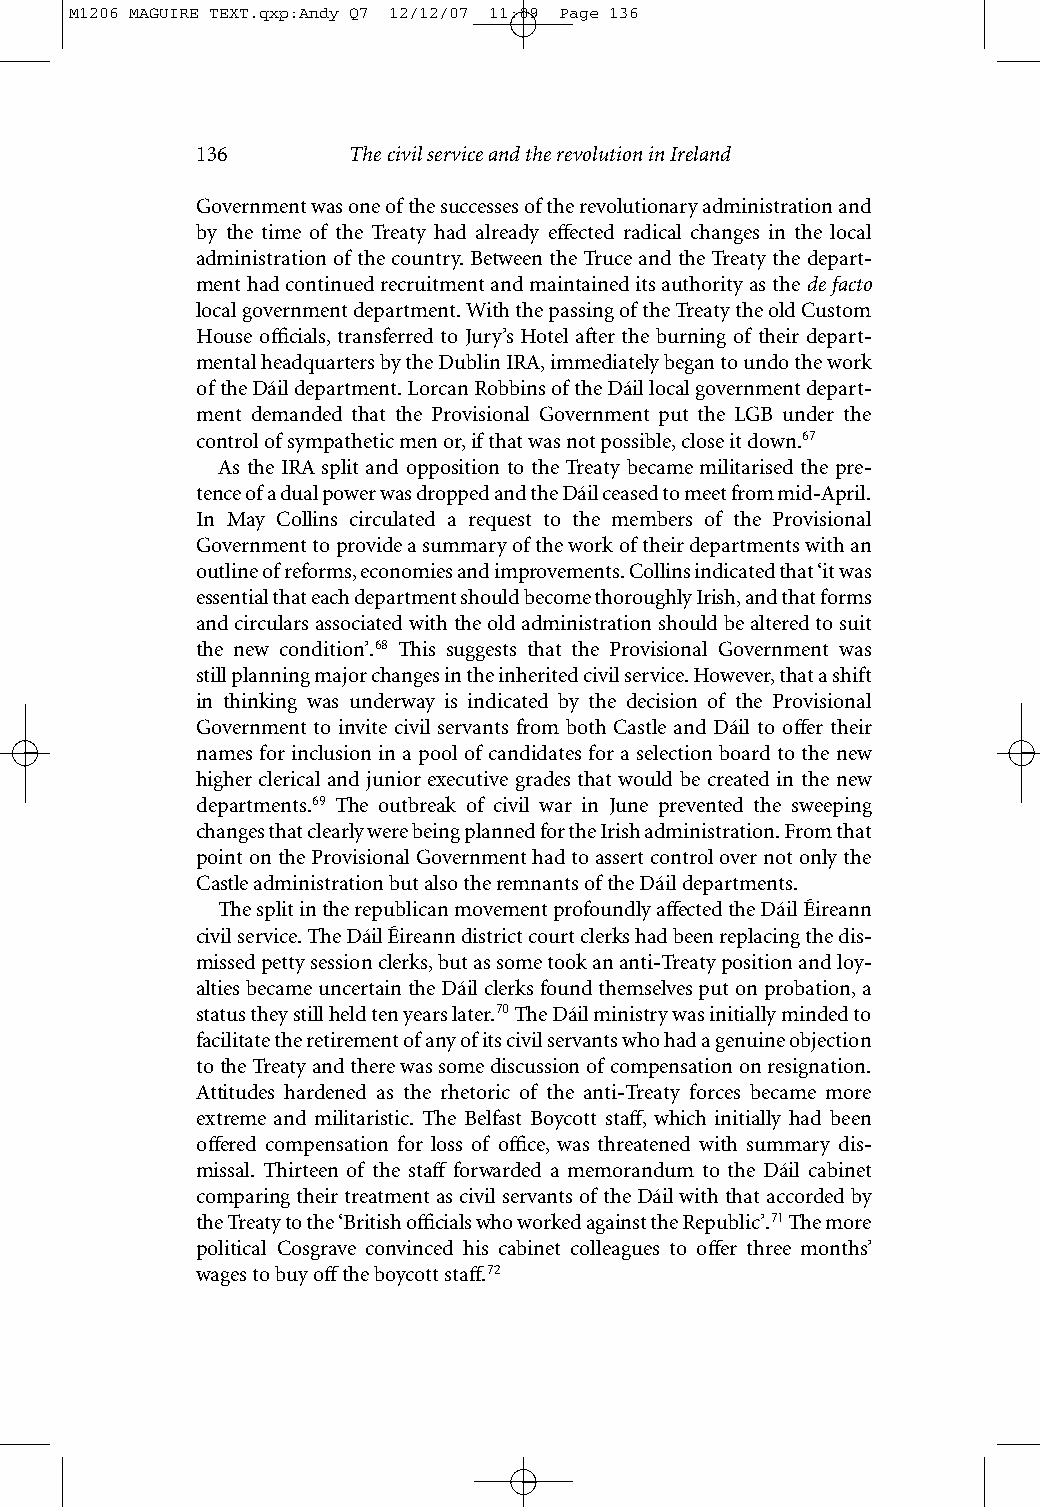
M1206 MAGUIRE TEXT.qxp:Andy Q7 12/12/07 11:09 Page 136
 136       The civil service and the revolution in Ireland
 Government was one of the successes of the revolutionary administration and
 by the time of the Treaty had already effected radical changes in the local
 administration of the country. Between the Truce and the Treaty the depart-
 ment had continued recruitment and maintained its authority as the de facto
 local government department. With the passing of the Treaty the old Custom
 House officials, transferred to Jury’s Hotel after the burning of their depart-
 mental headquarters by the Dublin IRA, immediately began to undo the work
 of the Dáil department. Lorcan Robbins of the Dáil local government depart-
 ment demanded that the Provisional Government put the LGB under the
 control of sympathetic men or, if that was not possible, close it down.67
 As the IRA split and opposition to the Treaty became militarised the pre-
 tence of a dual power was dropped and the Dáil ceased to meet from mid-April.
 In May Collins circulated a request to the members of the Provisional
 Government to provide a summary of the work of their departments with an
 outline of reforms, economies and improvements. Collins indicated that ‘it was
 essential that each department should become thoroughly Irish, and that forms
 and circulars associated with the old administration should be altered to suit
 the new condition’.68 This suggests that the Provisional Government was
 stillplanning major changes in the inherited civil service. However, that a shift
 in thinking was underway is indicated by the decision of the Provisional
 Government to invite civil servants from both Castle and Dáil to offer their
 names for inclusion in a pool of candidates for a selection board to the new
 higher clerical and junior executive grades that would be created in the new
 departments.69 The outbreak of civil war in June prevented the sweeping
 changes that clearly were being planned for the Irish administration. From that
 point on the Provisional Government had to assert control over not only the
 Castle administration but also the remnants of the Dáil departments.
 The split in the republican movement profoundly affected the Dáil Éireann
 civil service. The Dáil Éireann district court clerks had been replacing the dis-
 missed petty session clerks, but as some took an anti-Treaty position and loy-
 alties became uncertain the Dáil clerks found themselves put on probation, a
 status they still held ten years later.70The Dáil ministry was initially minded to
 facilitate the retirement of any of its civil servants who had a genuine objection
 to the Treaty and there was some discussion of compensation on resignation.
 Attitudes hardened as the rhetoric of the anti-Treaty forces became more
 extreme and militaristic. The Belfast Boycott staff, which initially had been
 offered compensation for loss of office, was threatened with summary dis-
 missal. Thirteen of the staff forwarded a memorandum to the Dáil cabinet
 comparing their treatment as civil servants of the Dáil with that accorded by
 the Treaty to the ‘British officials who worked against the Republic’.71The more
 political Cosgrave convinced his cabinet colleagues to offer three months’
 wages to buy offthe boycott staff.72